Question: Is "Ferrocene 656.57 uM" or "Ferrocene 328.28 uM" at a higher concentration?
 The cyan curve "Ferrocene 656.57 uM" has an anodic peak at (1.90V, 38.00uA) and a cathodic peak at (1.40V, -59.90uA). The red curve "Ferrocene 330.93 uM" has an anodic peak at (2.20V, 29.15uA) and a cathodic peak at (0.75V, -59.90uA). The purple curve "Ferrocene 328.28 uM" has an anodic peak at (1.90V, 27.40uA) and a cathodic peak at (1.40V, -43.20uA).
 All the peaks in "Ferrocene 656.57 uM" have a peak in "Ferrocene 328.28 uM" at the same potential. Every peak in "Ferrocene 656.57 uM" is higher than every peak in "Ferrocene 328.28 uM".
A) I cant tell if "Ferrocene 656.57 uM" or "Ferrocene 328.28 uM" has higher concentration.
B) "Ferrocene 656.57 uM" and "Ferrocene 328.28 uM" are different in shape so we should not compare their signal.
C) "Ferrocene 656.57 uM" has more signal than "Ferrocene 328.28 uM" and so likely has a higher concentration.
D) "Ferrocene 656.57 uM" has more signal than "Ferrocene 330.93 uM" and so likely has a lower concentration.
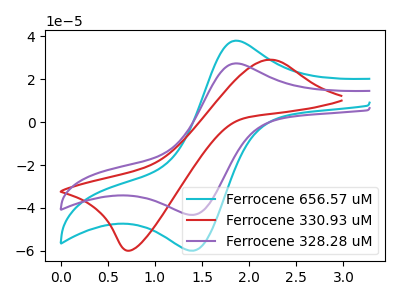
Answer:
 <answer>C) "Ferrocene 656.57 uM" has more signal than "Ferrocene 328.28 uM" and so likely has a higher concentration.</answer>
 <eval>C</eval>